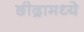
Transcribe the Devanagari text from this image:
छीद्रामध्ये